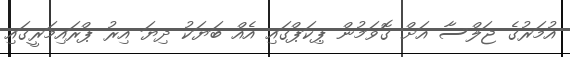
އުމަރުގެ ޖަލްސާ އަށް ގޮވަމުން ޕިކަޕްގައި އެއް ބަޔަކު ދިޔަ އިރު ޕްރައިމަރީގައި